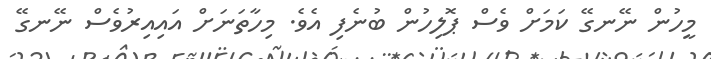
މީހުން ނޭނގޭ ކަމަށް ވެސް ޕޮލިހުން ބުނެފި އެވެ. މިހާތަނަށް އައިއިރުވެސް ނޭނގޭ